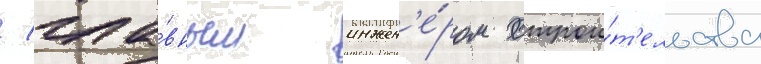
/ гла́вным инжен'е́ром строи́т'ельства